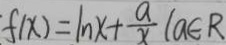
f ( x ) = \ln x + \frac { a } { x } ( a \in R